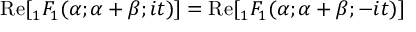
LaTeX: { \mathrm { R e } } [ { } _ { 1 } F _ { 1 } ( \alpha ; \alpha + \beta ; i t ) ] = { \mathrm { R e } } [ { } _ { 1 } F _ { 1 } ( \alpha ; \alpha + \beta ; - i t ) ]